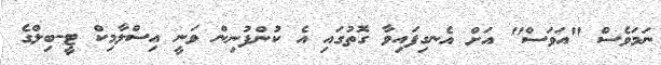
ނަމަވެސް "އަވަސް" އަށް އެނގިފައިވާ ގޮތުގައި އެ ކުންފުނިން ވަނީ އިސްލާމިކް ޓީ-ބިލްގެ